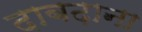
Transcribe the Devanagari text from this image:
दाबढ़ाना